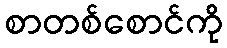
စာတစ်စောင်ကို